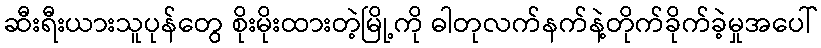
ဆီးရီးယားသူပုန်တွေ စိုးမိုးထားတဲ့မြို့ကို ဓါတုလက်နက်နဲ့တိုက်ခိုက်ခဲ့မှုအပေါ်